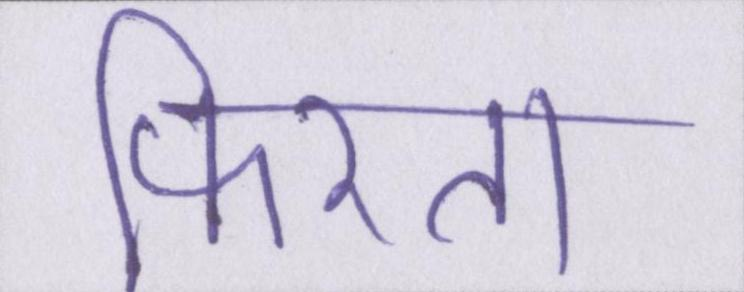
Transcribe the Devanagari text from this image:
फिरता